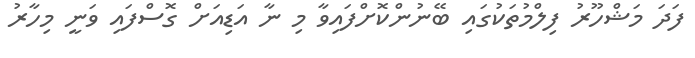
ފަދަ މަޝްހޫރު ފިލްމުތަކުގައި ބޭނުންކޮށްފައިވާ މި ނާ އަޑިއަށް ގޮސްފައި ވަނީ މިހާރު